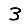
Digit: 3